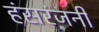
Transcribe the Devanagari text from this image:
हंसरंजनी